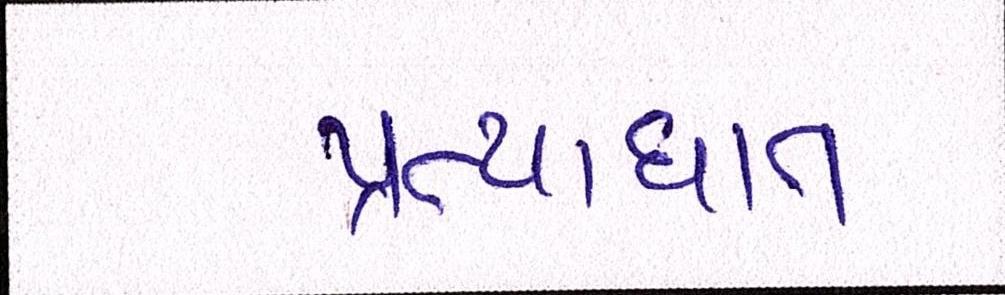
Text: પ્રત્યાઘાત